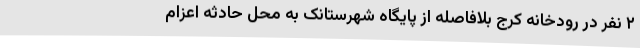
۲ نفر در رودخانه کرج بلافاصله از ‌پایگاه شهرستانک به محل حادثه اعزام